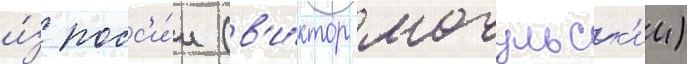
и́з росс'и́и (в'и́ктор мочульск'ии)